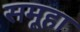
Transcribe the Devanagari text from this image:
समूहा